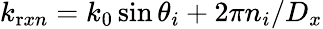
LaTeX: k_{\mathrm{r}xn}=k_{\mathrm{0}}\sin\theta_{i}+{2\pi n_{i}}/{D_{x}}